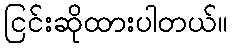
ငြင်းဆိုထားပါတယ်။